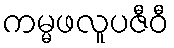
ကမ္မဖလူပဇီဝီ